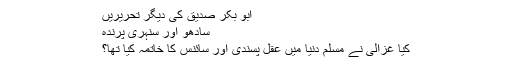
ابو بکر صدیق کی دیگر تحریریں
سادھو اور سنہری پرندہ
کیا غزالی نے مسلم دنیا میں عقل پسندی اور سائنس کا خاتمہ کیا تھا؟